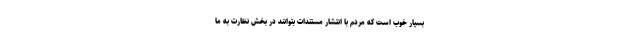
بسیار خوب است که مردم با انتشار مستندات بتوانند در بخش نظارت به ما